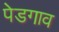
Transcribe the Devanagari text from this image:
पेडगाव